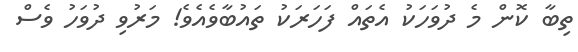
ތިބާ ކޮން މެ ދުވަހަކު އެތައް ފަހަރަކު ތައުބާވެއެވެ! މަރުވި ދުވަހު ވެސް